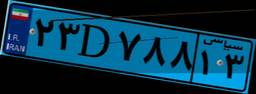
۲۳D۷۸۸۱۳